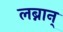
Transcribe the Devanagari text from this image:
लब्नान्